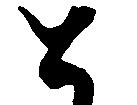
と